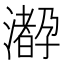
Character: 𤁛